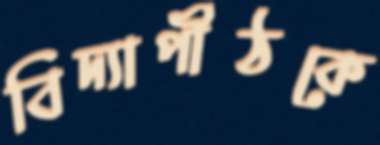
বিদ্যাপীঠকে